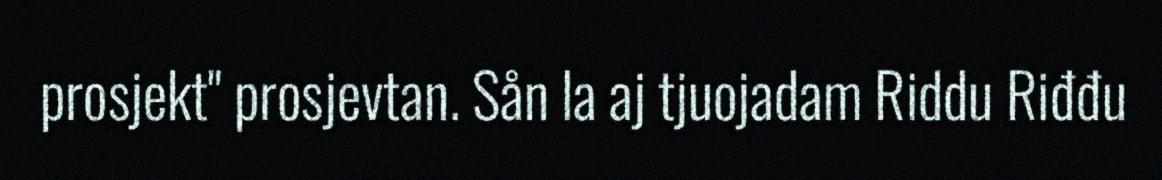
prosjekt" prosjevtan. Sån la aj tjuojadam Riddu Riđđu